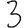
Digit: 3